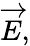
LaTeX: {\overrightarrow{E}},